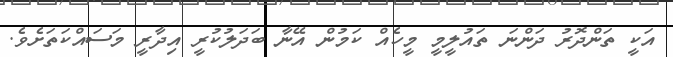
އަކީ ތަންދޮރު ދަންނަ ތައުލީމީ މީހެއް ކަމުން އޭނާ ބަދަލުކުރީ އިދާރީ މަސައްކަތަށެވެ.